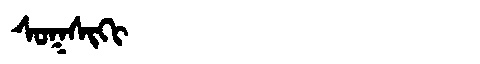
Manchu: ᠰᠣᡴᠰᡳᡴᡳ
Romanization: SOKSIKI